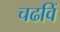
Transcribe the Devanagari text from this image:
चढविं